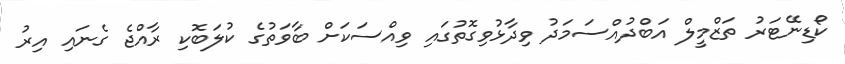
ކޯޑިނޭޓަރު ތަޒްމީލް އަބްދުއްސަމަދު ވިދާޅުވިގޮތުގައި ވިއްސަކަށް ބާވަތުގެ ކުލަބޮކި ރާއްޖެ ގެނައި އިރު